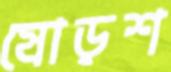
ষোড়শ